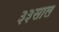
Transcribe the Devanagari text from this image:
३३साल